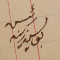
رئيس يوسف زينه